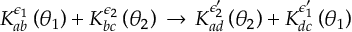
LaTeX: K _ { a b } ^ { \epsilon _ { 1 } } \left( \theta _ { 1 } \right) + K _ { b c } ^ { \epsilon _ { 2 } } \left( \theta _ { 2 } \right) \, \rightarrow \, K _ { a d } ^ { \epsilon _ { 2 } ^ { \prime } } \left( \theta _ { 2 } \right) + K _ { d c } ^ { \epsilon _ { 1 } ^ { \prime } } \left( \theta _ { 1 } \right)